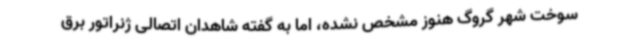
سوخت شهر گروگ هنوز مشخص نشده، اما به گفته شاهدان اتصالی ژنراتور برق